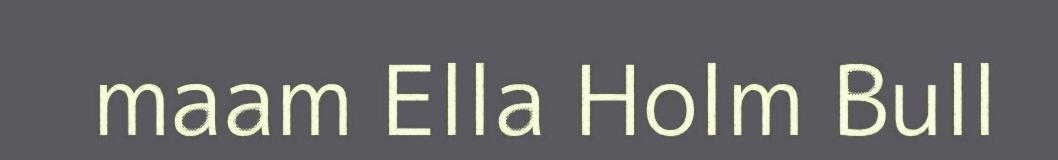
maam Ella Holm Bull